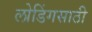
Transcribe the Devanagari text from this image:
लोडिंगसाठी